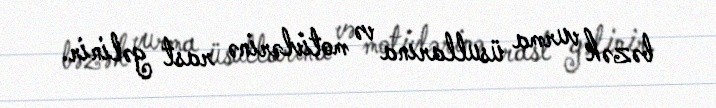
bəzək vurma üsullarına və motivlərinə rast gəlinir.